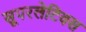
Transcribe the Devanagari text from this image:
सूपरलेटिवस